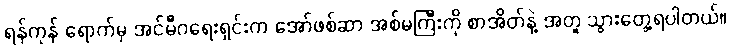
ရန်ကုန် ရောက်မှ အင်မီဂရေးရှင်းက အော်ဖစ်ဆာ အစ်မကြီးကို စာအိတ်နဲ့ အတူ သွားတွေ့ရပါတယ်။